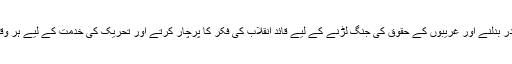
اس ملک کا مقدر بدلنے اور غریبوں کے حقوق کی جنگ لڑنے کے لیے قائد انقلاب کی فکر کا پرچار کرتے اور تحریک کی خدمت کے لیے ہر وقت مگن رہتے۔